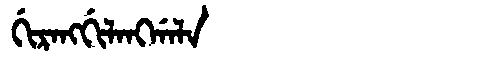
Manchu: ᡤᡳᡵᠠᠩᡤᡳᠯᠠᠩᡤᠠᠯᠠ
Romanization: GIRANGGILANGGALA